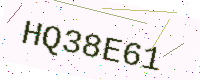
Text: HQ38E61